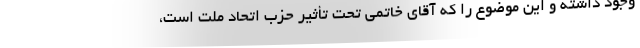
وجود داشته و این موضوع را که آقای خاتمی تحت تأثیر حزب اتحاد ملت است،